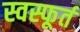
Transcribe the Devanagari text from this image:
स्वस्फूर्त